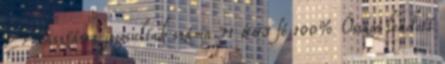
Választásra jogosultak száma 71 883 fő 100% Összes leadott